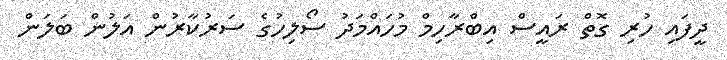
ދީފައި ހުރި ގޮތް ރައީސް އިބްރާހިމް މުހައްމަދު ސޯލިހުގެ ސަރުކާރުން އަލުން ބަލަން